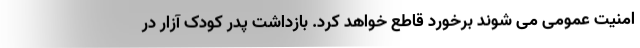
امنیت عمومی می شوند برخورد قاطع خواهد کرد. بازداشت پدر کودک آزار در